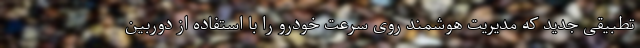
تطبیقی جدید که مدیریت هوشمند روی سرعت خودرو را با استفاده از دوربین